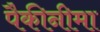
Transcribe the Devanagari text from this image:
पैकीनीमा